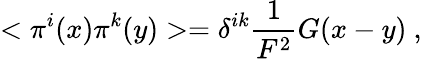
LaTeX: <\pi^{i}(x)\pi^{k}(y)>=\delta^{ik}\frac{1}{F^{2}}G(x-y)\ ,